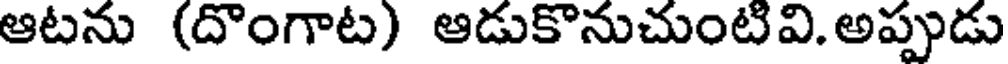
ఆటను (దొంగాట) ఆడుకొనుచుంటివి.అప్పుడు